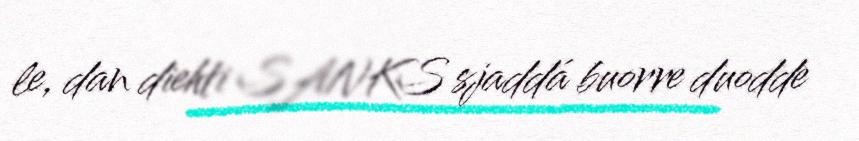
le, dan diehti SANKS sjaddá buorre duodde